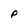
Character: P